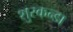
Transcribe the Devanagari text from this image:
शुरकन्डा